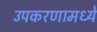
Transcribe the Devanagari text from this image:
उपकरणामध्ये